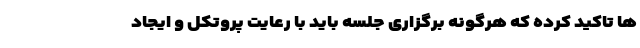
ها تاکید کرده که هرگونه برگزاری جلسه باید با رعایت پروتکل و ایجاد